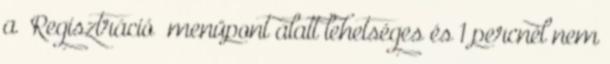
a „Regisztráció” menüpont alatt lehetséges és 1 percnél nem